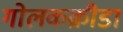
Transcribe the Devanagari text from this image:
गोलकक्रीडा